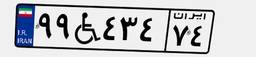
۰۸W۰۵۳۲۴